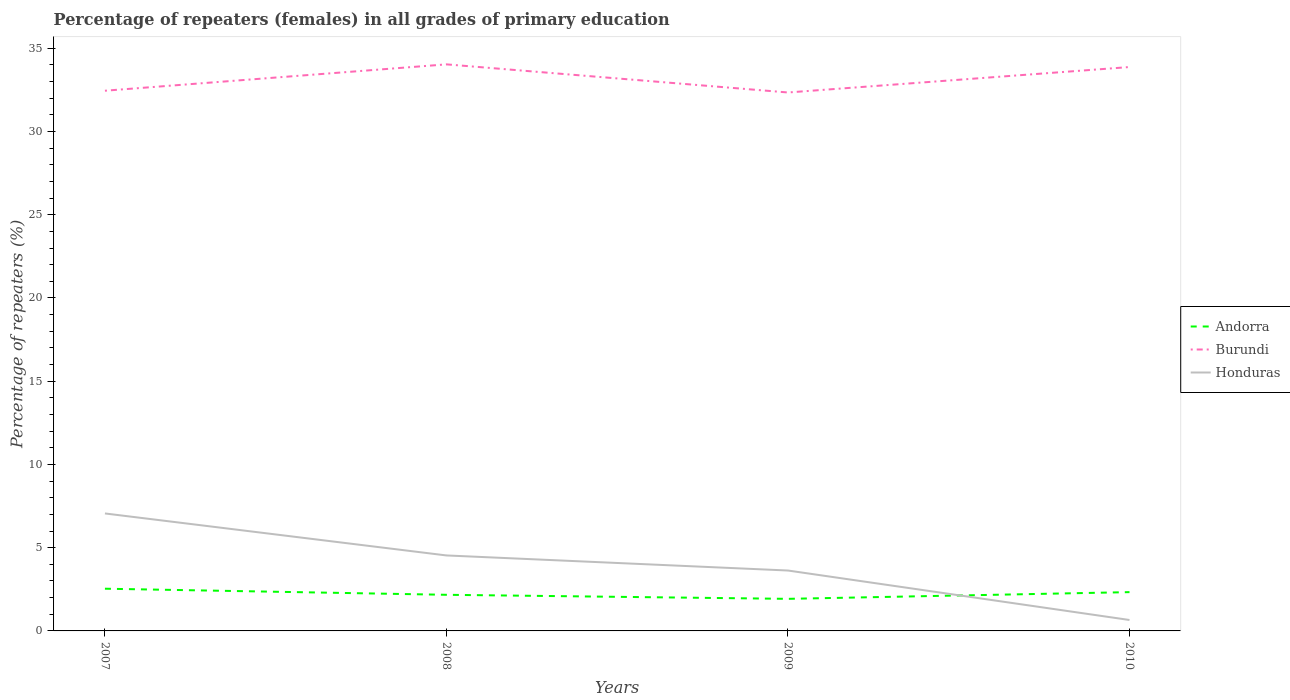
| Years | Andorra | Burundi | Honduras |
 | --- | --- | --- | --- |
 | 2007 | 2.54 | 32.4 | 7.06 |
 | 2008 | 2.17 | 34 | 4.53 |
 | 2009 | 1.93 | 32.3 | 3.63 |
 | 2010 | 2.33 | 33.9 | 0.656 |